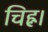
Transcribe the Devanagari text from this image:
चिह्न।